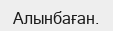
Алынбаған.